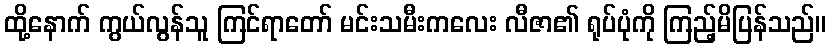
ထို့နောက် ကွယ်လွန်သူ ကြင်ရာတော် မင်းသမီးကလေး လီဇာ၏ ရုပ်ပုံကို ကြည့်မိပြန်သည်။